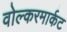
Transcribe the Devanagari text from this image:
वोल्करमार्कट